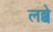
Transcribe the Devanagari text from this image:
लब्बे